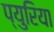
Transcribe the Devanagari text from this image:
प्युरिया